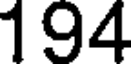
194